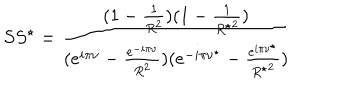
S S ^ { \star } = \frac { ( 1 - \frac { 1 } { R ^ { 2 } } ) ( 1 - \frac { 1 } { { R ^ { \star } } ^ { 2 } } ) } { ( e ^ { i \pi \nu } - \frac { e ^ { - i \pi \nu } } { R ^ { 2 } } ) ( e ^ { - i \pi \nu ^ { \star } } - \frac { e ^ { i \pi \nu ^ { \star } } } { { R ^ { \star } } ^ { 2 } } ) }